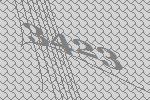
3423